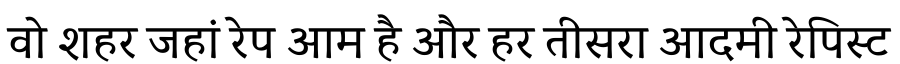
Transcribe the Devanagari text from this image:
वो शहर जहां रेप आम है और हर तीसरा आदमी रेपिस्ट